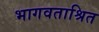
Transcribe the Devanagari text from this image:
भागवताश्रित